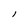
Character: l